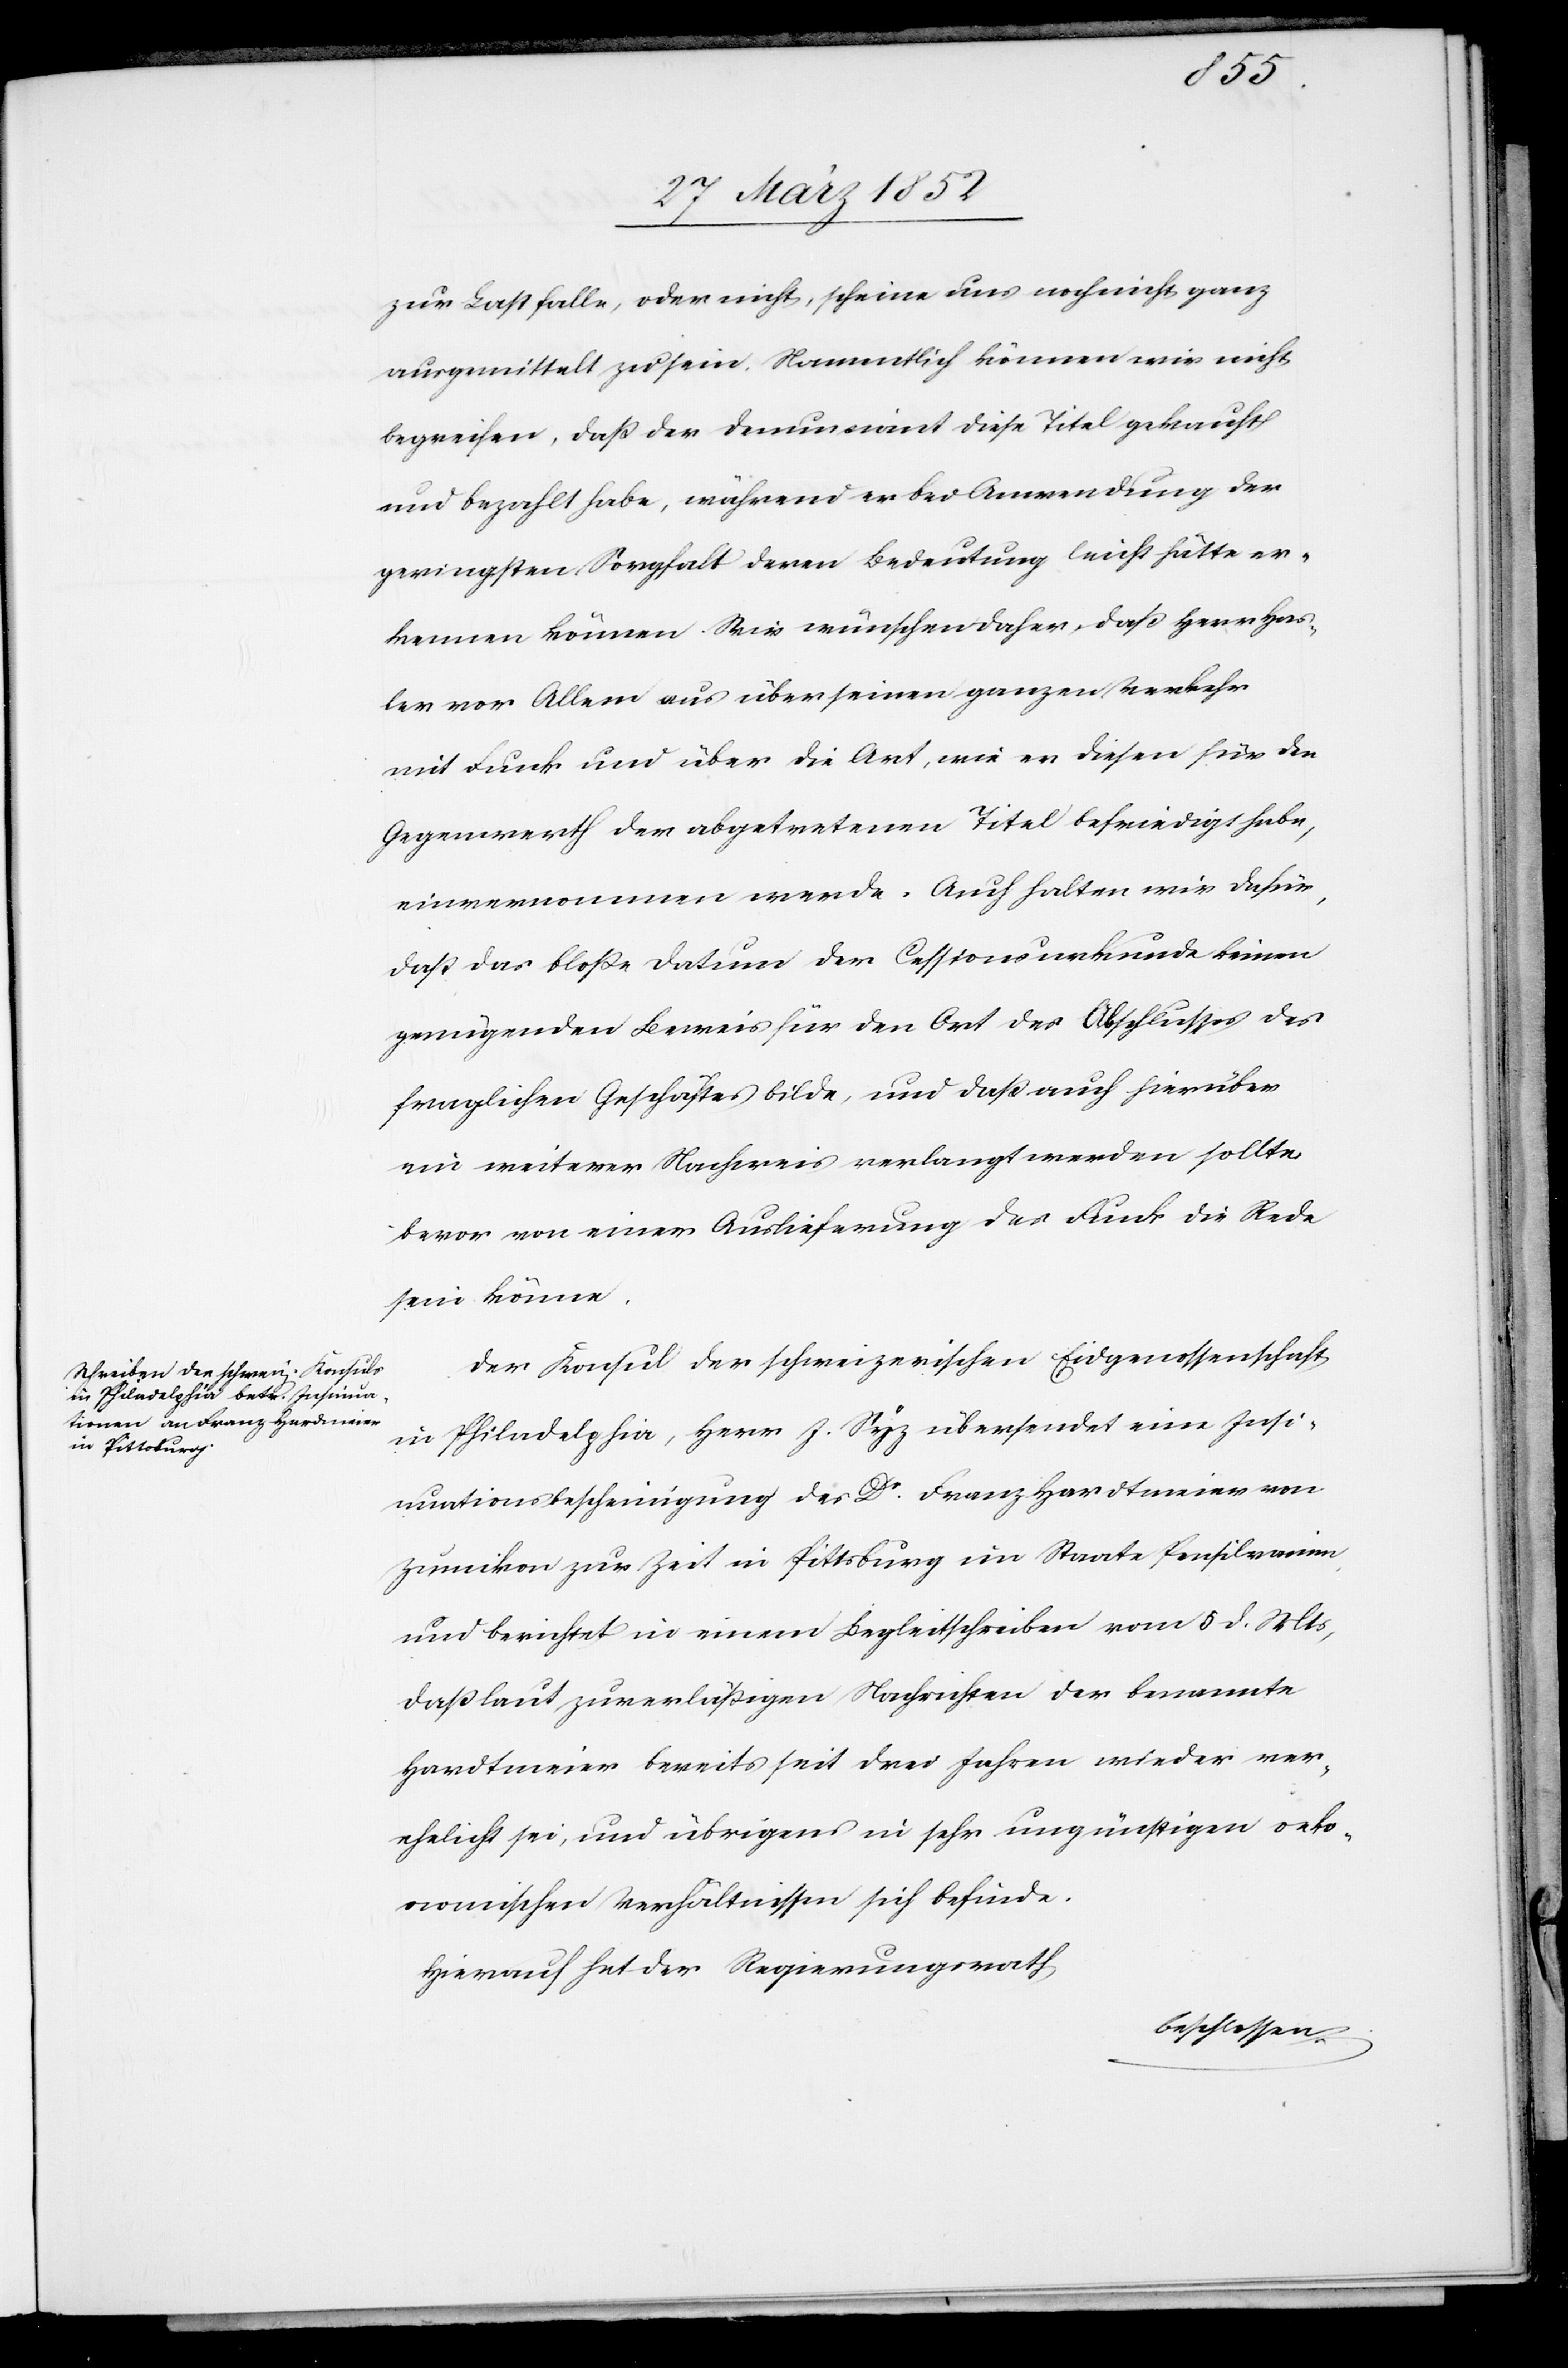
zur Last falle, oder nicht, scheine uns noch nicht ganz
ausgemittelt zu sein. Namentlich können wir nicht
begreifen, daß der Denunciant diese Titel gebraucht
und bezahlt habe, während er bei Anwendung der
geringsten Sorgfalt deren Bedeutung nicht hätte er¬
kennen können. Wir wünschen daher, daß Herr Has¬
ler vor Allem aus über seinen ganzen Verkehr
mit Funk und über die Art, wie an diesen für den
Gegenwerth der abgetretenen Titel befriedigt habe,
einvernommen werde. Auch halten wir dafür,
daß das bloße Datum der Cessionsurkunde keinen
genügenden Beweis für den Ort des Abschlusses des
fraglichen Geschäftes bilde, und daß auch hierüber
ein weiterer Nachweis verlangt werden sollte
bevor von einer Auslieferung des Funk die Rede
sein könne.
Der Konsul der schweizerischen Eidgenossenschaft
in Philadelphia, Herr J. Syz übersendet eine Insi¬
nuationsbescheinigung des Dr Franz Hardtmeier von
Zumikon zur Zeit in Pittsburg im Staate Pensilvanien,
und berichtet in einem Begleitschreiben vom 5 d. Mts,
daß laut zuverläßigen Nachrichten der benannte
Hardtmeier bereits seit drei Jahren wieder ver¬
ehelicht sei, und übrigens in sehr ungünstigen oeko¬
nomischen Verhältnissen sich befinde.
Hierauf hat der Regierungsrath